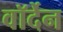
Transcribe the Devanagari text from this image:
वॉर्देन